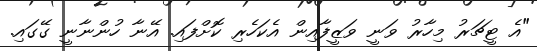
"އެ ޓީޗަރު މިހާރު ވަނީ ވަޒީފާއިން އެކަހެރި ކޮށްފައި. އޭނާ ހުންނާނީ ގޭގައި.